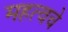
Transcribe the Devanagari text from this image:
महत्वचे